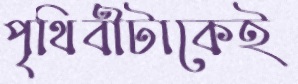
পৃথিবীটাকেই